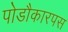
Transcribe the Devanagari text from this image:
पोडौकारपस